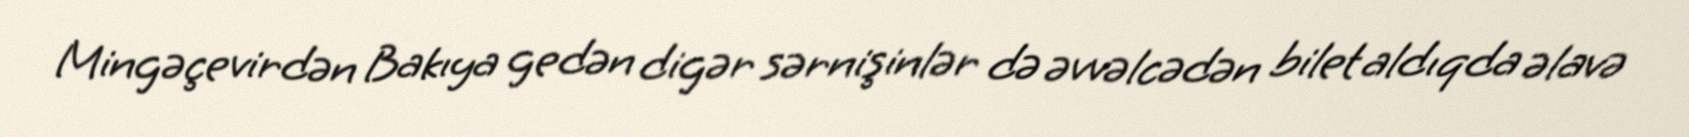
Mingəçevirdən Bakıya gedən digər sərnişinlər də əvvəlcədən bilet aldıqda əlavə